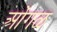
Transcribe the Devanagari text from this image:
ओंगळ